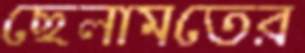
ছেলামতের